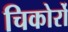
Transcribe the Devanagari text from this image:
चिकोर्रो